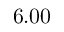
6 . 0 0